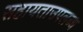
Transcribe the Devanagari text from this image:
सहायताउपलब्ध